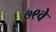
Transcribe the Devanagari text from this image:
७९वे